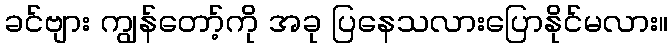
ခင်ဗျား ကျွန်တော့်ကို အခု ပြနေသလားပြောနိုင်မလား။